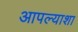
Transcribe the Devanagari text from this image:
आपल्याशा